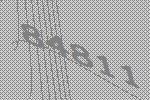
84811